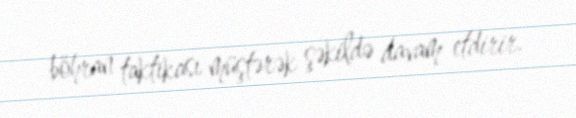
böhran taktikası müştərək şəkildə davam etdirir.